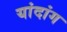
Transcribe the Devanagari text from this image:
यांदांग